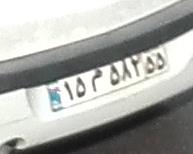
۱۵م۵۸۲۵۵